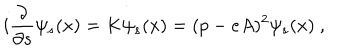
i \frac { \partial } { \partial s } \psi _ { s } ( x ) = K \psi _ { s } ( x ) = ( p - e A ) ^ { 2 } \psi _ { s } ( x ) \ ,